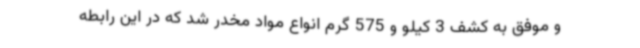
و موفق به کشف 3 کیلو و 575 گرم انواع مواد مخدر شد که در این رابطه